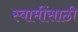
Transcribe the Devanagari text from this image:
स्वामींसाठी